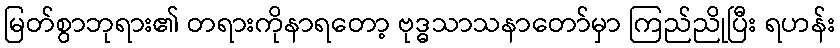
မြတ်စွာဘုရား၏ တရားကိုနာရတော့ ဗုဒ္ဓသာသနာတော်မှာ ကြည်ညိုပြီး ရဟန်း